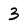
Character: 3